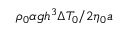
{ \rho _ { 0 } \alpha g h ^ { 3 } \Delta T _ { 0 } } / { 2 \eta _ { 0 } a }